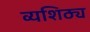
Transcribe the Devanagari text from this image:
व्यशिठ्य